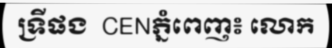
ទ្រីផង  CENភ្នំពេញ៖ លោក